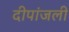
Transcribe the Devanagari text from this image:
दीपांजली